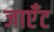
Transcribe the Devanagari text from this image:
जाएँट